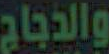
والدجاج